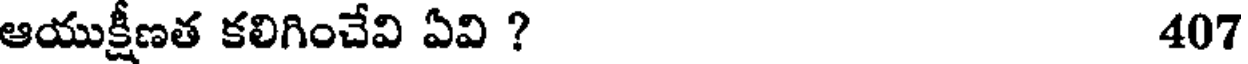
ఆయుక్షీణత కలిగించేవి ఏవి ? 407